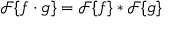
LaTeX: { \mathcal { F } } \{ f \cdot g \} = { \mathcal { F } } \{ f \} * { \mathcal { F } } \{ g \}